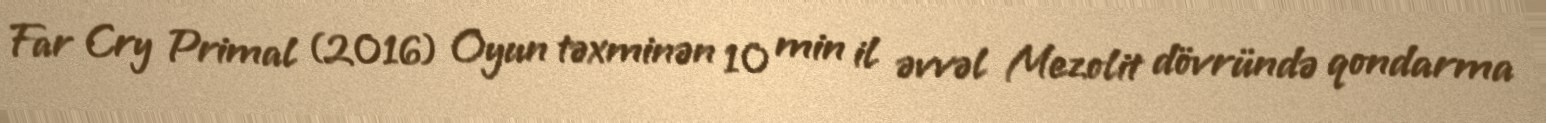
Far Cry Primal (2016) Oyun təxminən 10 min il əvvəl Mezolit dövründə qondarma